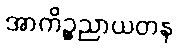
အာကိဉ္စညာယတန